Civil Veterinary Dept. North-West Frontier Province 1923-32 - 1923-1932
Year: 1923
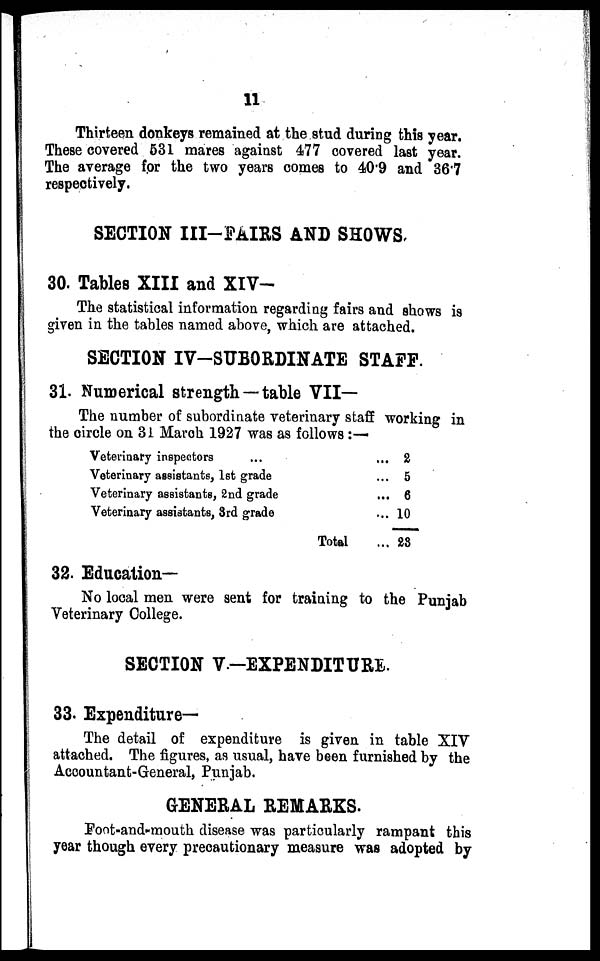
11
Thirteen donkeys remained at the stud during this year.
These covered 531 mares against 477 covered last year.
The average for the two years comes to 40.9 and 36.7
respectively.
SECTION III-FAIRS AND SHOWS.
30. Tables XIII and XIV—
The statistical information regarding fairs and shows is
given in the tables named above, which are attached.
SECTION IV-SUBORDINATE STAFF.
31. Numerical strength — table VII—
The number of subordinate veterinary staff working in
the circle on 31 March 1927 was as follows :—
Veterinary inspectors ... ...
Veterinary assistants, 1st grade ...
Veterinary assistants, 2nd grade ...
Veterinary assistants, 3rd grade ...
Total ...
2
5
6
10
23
32. Education—
No local men were sent for training to the Punjab
Veterinary College.
SECTION V.—EXPENDITURE.
33. Expenditure—
The detail of expenditure is given in table XIV
attached. The figures, as usual, have been furnished by the
Accountant-General, Punjab.
GENERAL REMARKS.
Foot-and-mouth disease was particularly rampant this
year though every precautionary measure was adopted by